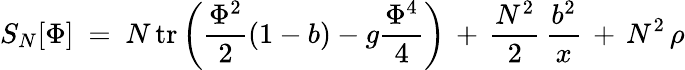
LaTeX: S_{N}[\Phi]\ =\ N\, \mathrm{tr}\left({\frac{\Phi^{2}}{2}}(1-b)-g{\frac{\Phi^{4}}{4}}\right)\, +\, {\frac{N^{2}}{2}}\, {\frac{b^{2}}{x}}\, +\, N^{2}\, \rho